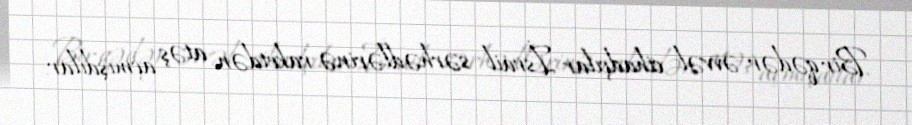
Bir qədər əvvəl cihadçılar İsrail sərhədlərinə raketdən atəş açmışdılar.